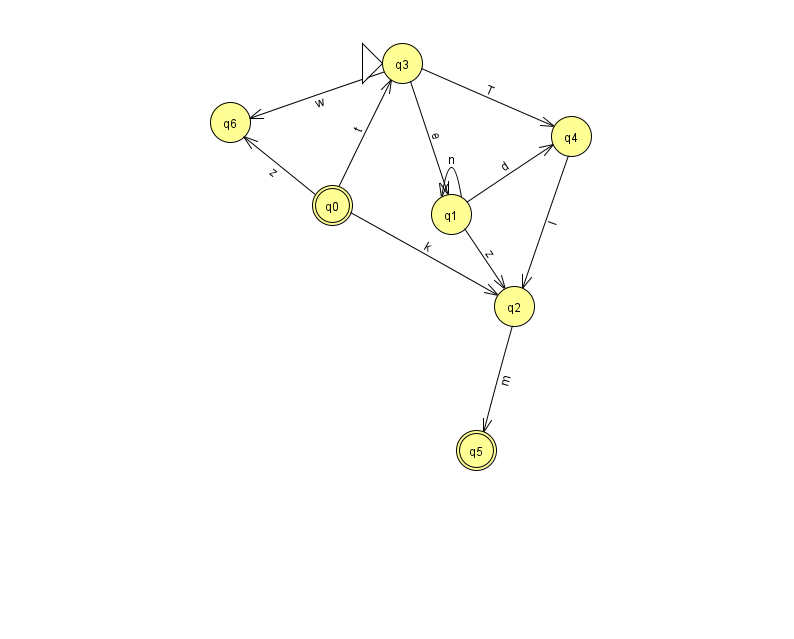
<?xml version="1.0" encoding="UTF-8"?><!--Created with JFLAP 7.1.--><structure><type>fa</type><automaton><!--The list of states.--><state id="0" name="q0"><x>332.0</x><y>192.0</y><final/></state><state id="1" name="q1"><x>451.0</x><y>201.0</y></state><state id="2" name="q2"><x>514.0</x><y>293.0</y></state><state id="3" name="q3"><x>402.0</x><y>50.0</y><initial/></state><state id="4" name="q4"><x>571.0</x><y>123.0</y></state><state id="5" name="q5"><x>476.0</x><y>437.0</y><final/></state><state id="6" name="q6"><x>230.0</x><y>109.0</y></state><!--The list of transitions.--><transition><from>1</from><to>2</to><read>z</read></transition><transition><from>3</from><to>1</to><read>e</read></transition><transition><from>0</from><to>2</to><read>k</read></transition><transition><from>4</from><to>2</to><read>I</read></transition><transition><from>0</from><to>3</to><read>t</read></transition><transition><from>0</from><to>6</to><read>z</read></transition><transition><from>3</from><to>6</to><read>w</read></transition><transition><from>2</from><to>5</to><read>m</read></transition><transition><from>3</from><to>4</to><read>T</read></transition><transition><from>1</from><to>4</to><read>d</read></transition><transition><from>1</from><to>1</to><read>n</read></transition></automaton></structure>